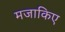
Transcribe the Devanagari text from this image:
मजाकिए